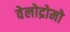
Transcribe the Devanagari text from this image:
वेलोद्रोमो